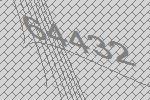
64432